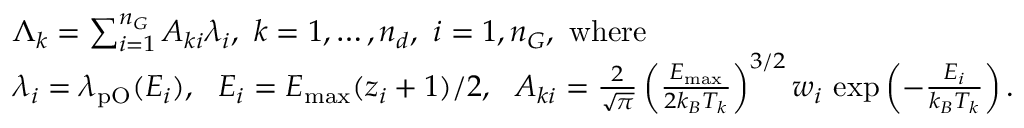
\begin{array} { r l } & { \Lambda _ { k } = \sum _ { i = 1 } ^ { n _ { G } } A _ { k i } \lambda _ { i } , \ k = 1 , \dots , n _ { d } , \ i = 1 , n _ { G } \mathrm { , ~ w h e r e } } \\ & { \lambda _ { i } = \lambda _ { \mathrm { p O } } ( E _ { i } ) , \ \ E _ { i } = E _ { \mathrm { m a x } } ( z _ { i } + 1 ) / 2 , \ \ A _ { k i } = \frac { 2 } { \sqrt { \pi } } \left( \frac { E _ { \mathrm { m a x } } } { 2 k _ { B } T _ { k } } \right) ^ { 3 / 2 } w _ { i } \, \exp \left( - \frac { E _ { i } } { k _ { B } T _ { k } } \right) . } \end{array}